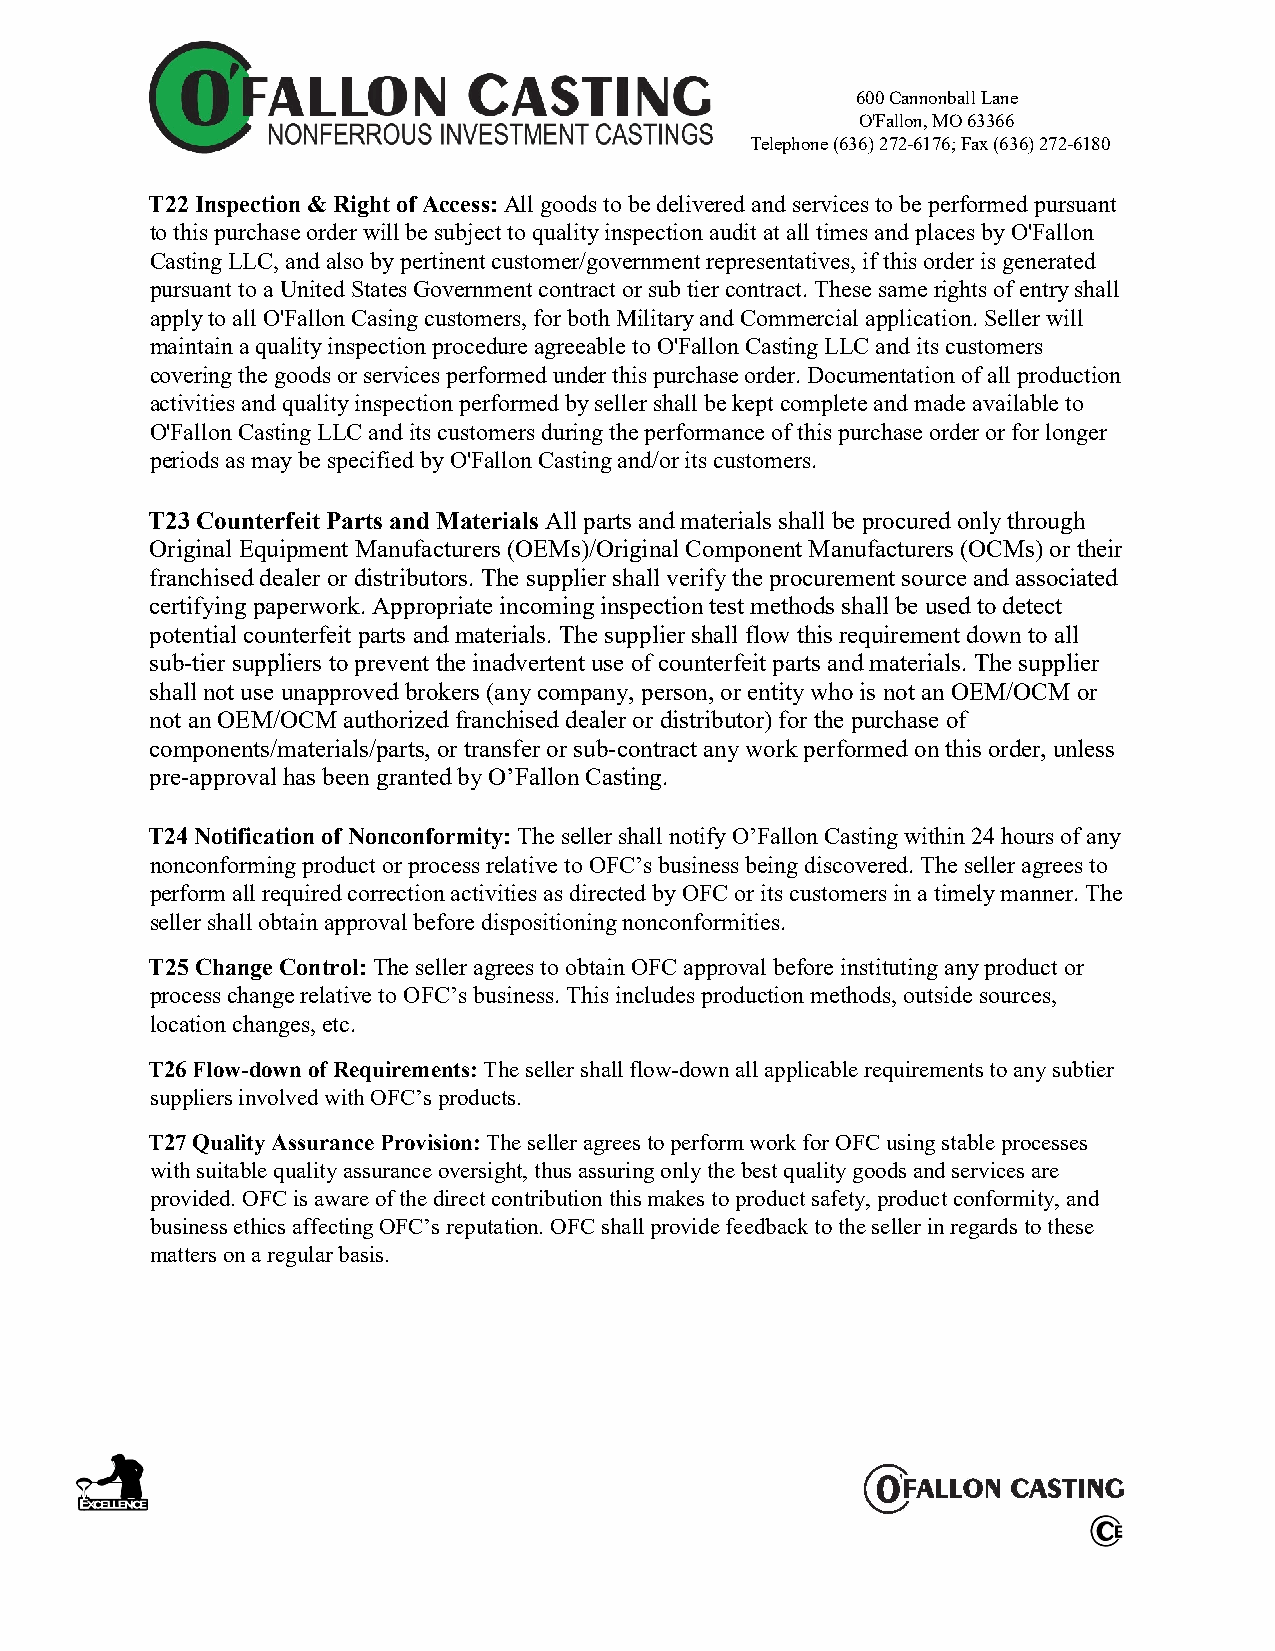
600 Cannonball Lane
 O'Fallon, MO 63366
 Telephone (636) 272-6176; Fax (636) 272-6180
 T22 Inspection & Right of Access: All goods to be delivered and services to be performed pursuant
 to this purchase order will be subject to quality inspection audit at all times and places by O'Fallon
 Casting LLC, and also by pertinent customer/government representatives, if this order is generated
 pursuant to a United States Government contract or sub tier contract. These same rights of entry shall
 apply to all O'Fallon Casing customers, for both Military and Commercial application. Seller will
 maintain a quality inspection procedure agreeable to O'Fallon Casting LLC and its customers
 covering the goods or services performed under this purchase order. Documentation of all production
 activities and quality inspection performed by seller shall be kept complete and made available to
 O'Fallon Casting LLC and its customers during the performance of this purchase order or for longer
 periods as may be specified by O'Fallon Casting and/or its customers.
 T23 Counterfeit Parts and Materials All parts and materials shall be procured only through
 Original Equipment Manufacturers (OEMs)/Original Component Manufacturers (OCMs) or their
 franchised dealer or distributors. The supplier shall verify the procurement source and associated
 certifying paperwork. Appropriate incoming inspection test methods shall be used to detect
 potential counterfeit parts and materials. The supplier shall flow this requirement down to all
 sub-tier suppliers to prevent the inadvertent use of counterfeit parts and materials. The supplier
 shall not use unapproved brokers (any company, person, or entity who is not an OEM/OCM or
 not an OEM/OCM authorized franchised dealer or distributor) for the purchase of
 components/materials/parts, or transfer or sub-contract any work performed on this order, unless
 pre-approval has been granted by O’Fallon Casting.
 T24 Notification of Nonconformity: The seller shall notify O’Fallon Casting within 24 hours of any
 nonconforming product or process relative to OFC’s business being discovered. The seller agrees to
 perform all required correction activities as directed by OFC or its customers in a timely manner. The
 seller shall obtain approval before dispositioning nonconformities.
 T25 Change Control: The seller agrees to obtain OFC approval before instituting any product or
 process change relative to OFC’s business. This includes production methods, outside sources,
 location changes, etc.
 T26 Flow-down of Requirements: The seller shall flow-down all applicable requirements to any subtier
 suppliers involved with OFC’s products.
 T27 Quality Assurance Provision: The seller agrees to perform work for OFC using stable processes
 with suitable quality assurance oversight, thus assuring only the best quality goods and services are
 provided. OFC is aware of the direct contribution this makes to product safety, product conformity, and
 business ethics affecting OFC’s reputation. OFC shall provide feedback to the seller in regards to these
 matters on a regular basis.